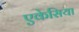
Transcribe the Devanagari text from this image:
एकेसिया